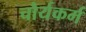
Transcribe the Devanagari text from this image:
चौर्यकर्म